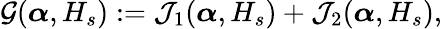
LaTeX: \begin{array}{r}{\mathcal{G}(\boldsymbol{\alpha},H_{s}):={\cal J}_{1}(\boldsymbol{\alpha},H_{s})+{\cal J}_{2}(\boldsymbol{\alpha},H_{s}),}\end{array}